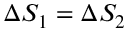
\Delta S _ { 1 } = \Delta S _ { 2 }